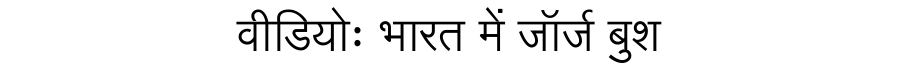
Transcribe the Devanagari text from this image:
वीडियोः भारत में जॉर्ज बुश